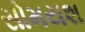
સોમયશ